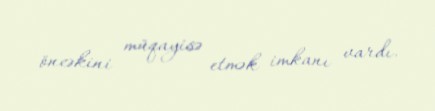
öncəkini müqayisə etmək imkanı vardı.